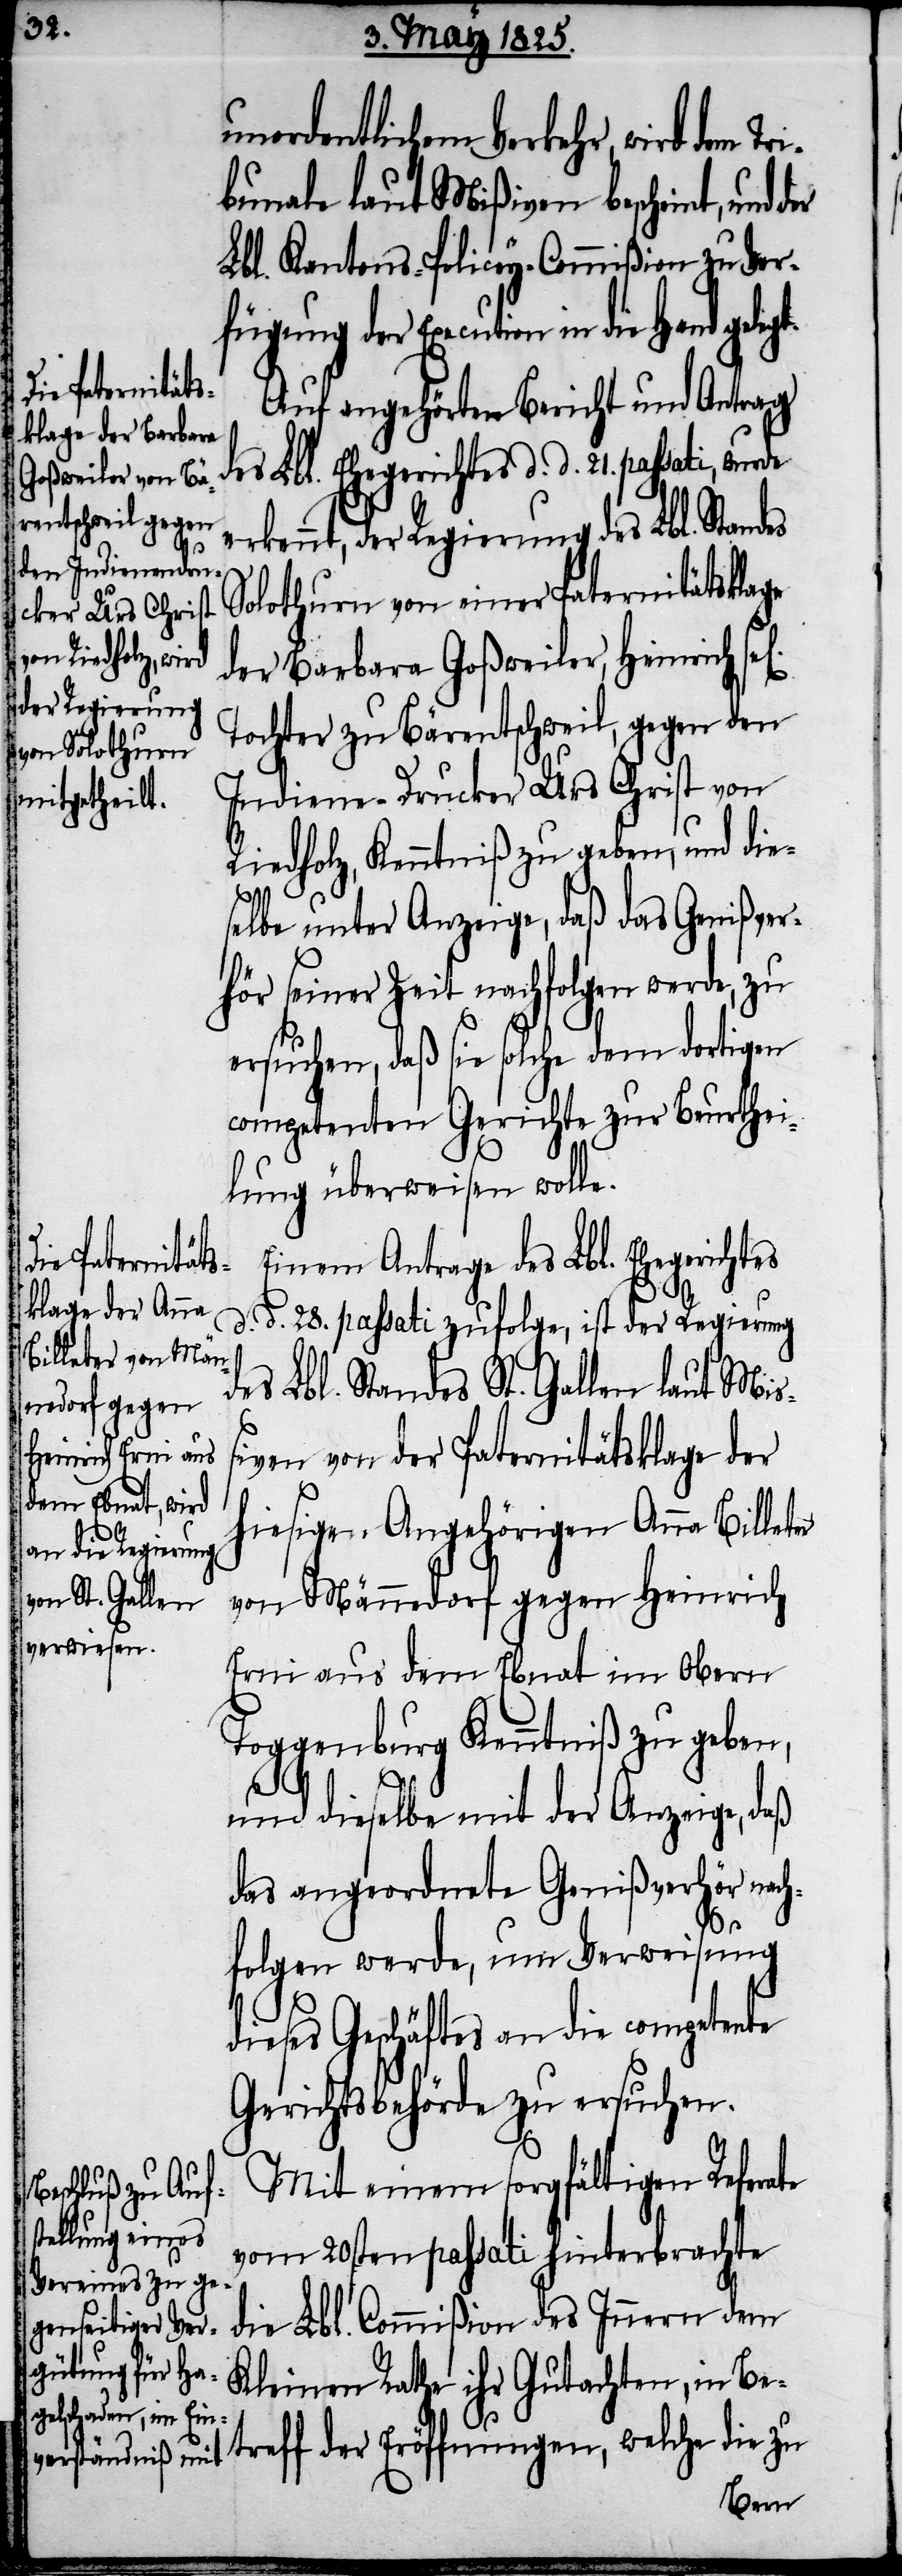
unordentlichem Verkehr, wird dem T¬
bunale laut Mißiven bescheint, und
Lbl. Kantons-Policey-Commißion zu Ver¬
fügung der Execution in die Hand
Auf angehörten Bericht und Antrag
des Lbl. Ehegerichtes d. d. 21. passati, wurde
erkennt, der Regierung des Lbl. Standes
Solothurn von einer Paternitätsklage
der Barbara Goßweiler, Heinrich s¬
Tochter zu Bärentschweil, gegen den
Indiene-Drucker Urs Christ von
Riedholz, Kenntniß zu geben, und die¬
selbe unter Anzeige, daß das Genißver¬
hör seiner Zeit nachfolgen werde, zu
ersuchen, daß sie solche dem dortigen
competenten Gerichte zur Beurthei¬
lung überweisen wolle.
e[ligen].
Einem Antrage des Lbl. Ehegerichtes
d. d. 28. passati zufolge, ist der Regierung
des Lbl. Standes St. Gallen laut Mi¬
ßiven von der Paternitätsklage der
hiesigen Angehörigen Anna Billeter
von Männedorf gegen Heinrich
Erni aus dem Ebnat im obern
Toggenburg Kenntniß zu geben,
und dieselbe mit der Anzeige, daß
das angeordnete Genißverhör nach¬
ri¬
folgen werde, um Verweisung
dieses Geschäftes an die competente
Gerichtsbehörde zu ersuchen.
Mit einem sorgfältigen Referate
vom 20sten passati hinterbrachte
die Lbl. Commißion des Innern dem
Kleinen Rathe ihre Gutachten, in Be¬
treff der Eröffnungen, welche die zu